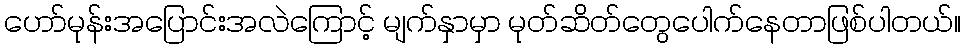
ဟော်မုန်းအပြောင်းအလဲကြောင့် မျက်နှာမှာ မုတ်ဆိတ်တွေပေါက်နေတာဖြစ်ပါတယ်။